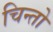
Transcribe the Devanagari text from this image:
चिन्तो